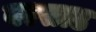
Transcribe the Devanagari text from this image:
वल्साड